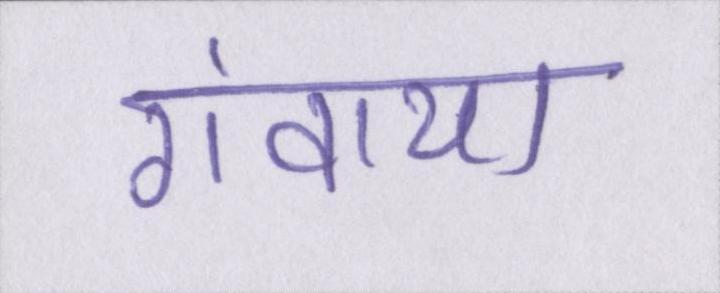
गंवाया